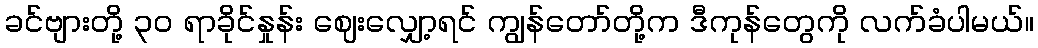
ခင်ဗျားတို့ ၃၀ ရာခိုင်နှုန်း ဈေးလျှော့ရင် ကျွန်တော်တို့က ဒီကုန်တွေကို လက်ခံပါမယ်။